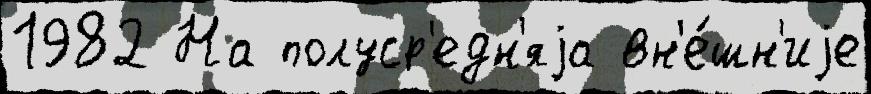
1982 На полуср'едн'яjа вн'е́шн'иjе